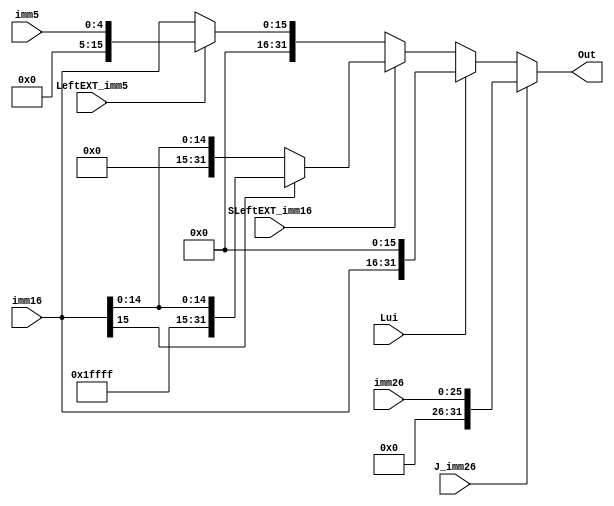
`timescale 1ns / 1ps
//////////////////////////////////////////////////////////////////////////////////
// Company: 
// Engineer: 
// 
// Design Name: 
// Module Name:    EXT 
// Project Name: 
// Target Devices: 
// Tool versions: 
// Description: 
//
// Dependencies: 
//
// Revision: 
// Revision 0.01 - File Created
// Additional Comments: 
//
//////////////////////////////////////////////////////////////////////////////////
module EXT(
	input wire [15:0] imm16,
	input wire [25:0] imm26,
	input wire [4:0] imm5,
	input wire Lui,
	input wire J_imm26,
	input wire LeftEXT_imm5,
	
	input wire SLeftEXT_imm16,
	output reg [31:0] Out
    );
	always @(*) begin
		if(J_imm26) begin
			Out = {{6{1'b0}}, imm26[25:0]};
		end
		else if(Lui) begin
			Out = {imm16[15:0], {16{1'b0}}};
		end
		
		else if(SLeftEXT_imm16)begin
			
			if(imm16[15] == 1)
				Out = {{16{1'b1}}, imm16[15:0]};
			else
				Out = {{16{1'b0}}, imm16[15:0]};
		end
		
		else if(LeftEXT_imm5) begin
			Out = {{27{1'b0}}, imm5};
		end
		else begin
			Out = {{16{1'b0}}, imm16[15:0]};
		end
	end
endmodule